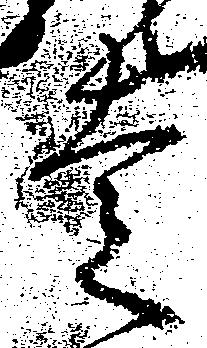
走